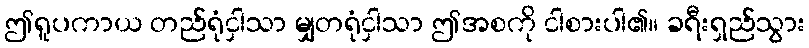
ဤရူပကာယ တည်ရုံငှါသာ မျှတရုံငှါသာ ဤအစကို ငါစားပါ၏။ ခရီးရှည်သွား